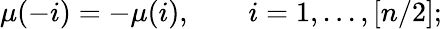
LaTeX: \mu(-i)=-\mu(i),\quad\quad i=1,...,\left[n/2\right];